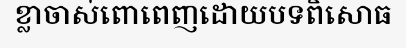
ខ្លាចាស់ពោពេញដោយបទពិសោធ